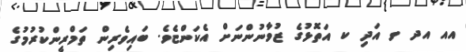
އއ އދ ވ އަދި ކ އަތޮޅުގެ ޒުވާނުންނަށް އެކަންޏެވެ. ބައިވެރިން ތަމްރީންކުރުމުގެ